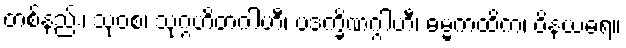
တစ်နည်း၊ သုဝစ၊ သုဂ္ဂဟိတဂါဟီ၊ ပဒက္ခိဏဂ္ဂါဟီ၊ ဓမ္မကထိက၊ ဝိနယဓရ။